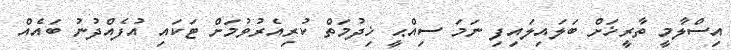
އިސްލާމީ ތާރީޚަށް ބަލައިލައިފި ނަމަ ސިއްޙީ ޚިދުމަތް ކުރިއެރުވުމަށް ޓަކައި އުފެއްދުނު ބައެއް